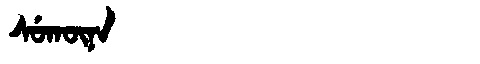
Manchu: ᠰᡠᡴᡡᠨᠠ
Romanization: SUKŪNA